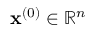
\mathbf { x } ^ { ( 0 ) } \in \mathbb { R } ^ { n }